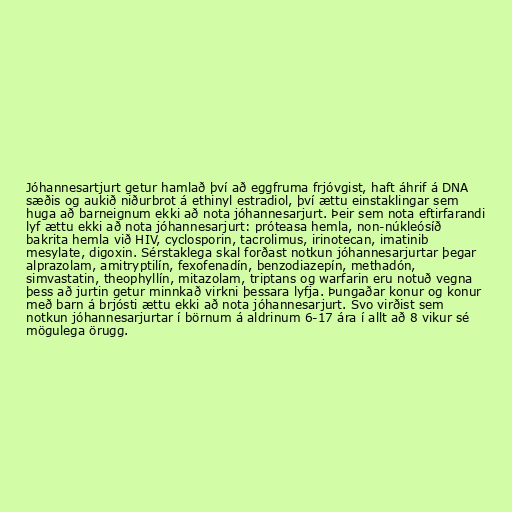
Jóhannesartjurt getur hamlað því að eggfruma frjóvgist, haft áhrif á DNA
sæðis og aukið niðurbrot á ethinyl estradiol, því ættu einstaklingar sem
huga að barneignum ekki að nota jóhannesarjurt. Þeir sem nota eftirfarandi
lyf ættu ekki að nota jóhannesarjurt: próteasa hemla, non-núkleósíð
bakrita hemla við HIV, cyclosporin, tacrolimus, irinotecan, imatinib
mesylate, digoxin. Sérstaklega skal forðast notkun jóhannesarjurtar þegar
alprazolam, amitryptilín, fexofenadín, benzodiazepín, methadón,
simvastatin, theophyllín, mitazolam, triptans og warfarin eru notuð vegna
þess að jurtin getur minnkað virkni þessara lyfja. Þungaðar konur og konur
með barn á brjósti ættu ekki að nota jóhannesarjurt. Svo virðist sem
notkun jóhannesarjurtar í börnum á aldrinum 6-17 ára í allt að 8 vikur sé
mögulega örugg.